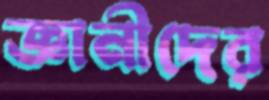
জ্ঞানীদের